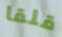
قلقا